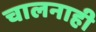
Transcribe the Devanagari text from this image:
चालनाही